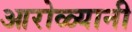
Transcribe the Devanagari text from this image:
आरोळ्यानी